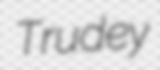
Trudey